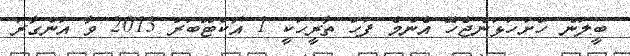
ބީލަން ހުށަހަޅަންޖެހޭ އެންމެ ފަހު ތާރީހަކީ 1 އޮކްޓޫބަރު 2013 ވާ އަންގާރަ